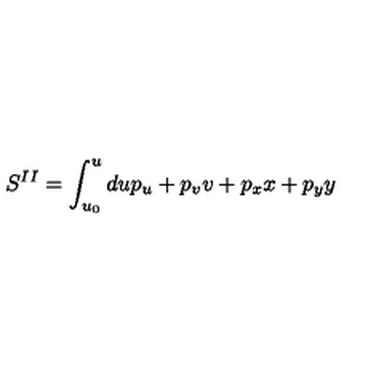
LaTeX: S ^ { I I } = \int _ { u _ { 0 } } ^ { u } d u p _ { u } + p _ { v } v + p _ { x } x + p _ { y } y